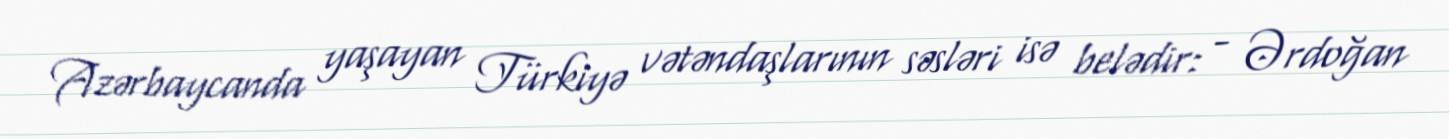
Azərbaycanda yaşayan Türkiyə vətəndaşlarının səsləri isə belədir: - Ərdoğan